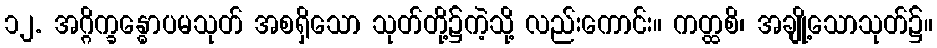
၁၂. အဂ္ဂိက္ခန္ဓောပမသုတ် အစရှိသော သုတ်တို့၌ကဲ့သို့ လည်းကောင်း။ ကတ္ထစိ၊ အချို့သောသုတ်၌။